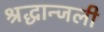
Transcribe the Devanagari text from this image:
श्रद्धान्जली